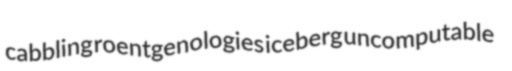
cabbling roentgenologies iceberg uncomputable